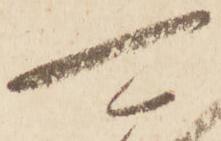
可